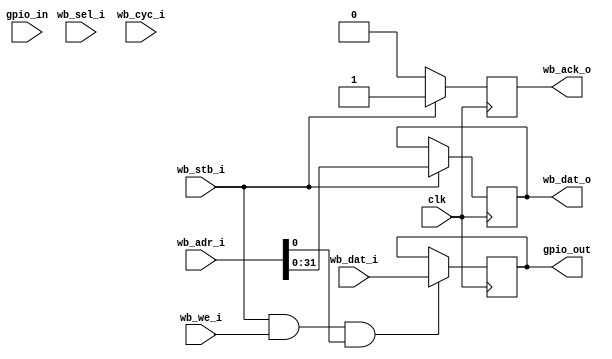
module wb_simple_gpio (
    input       [31:0]  wb_dat_i,
    output reg  [31:0]  wb_dat_o,
    input       [35:0]  wb_adr_i,
    input               wb_we_i,
    input       [3:0]   wb_sel_i,
    input               wb_stb_i,
    input               wb_cyc_i,
    output      reg     wb_ack_o,

    input       [31:0]  gpio_in,
    output      [31:0]  gpio_out,

    input               clk
);

reg     [31:0]  gpio_in_reg = 32'h00000000;
reg     [31:0]  gpio_out_reg = 32'h00000000;
wire            gpio_write;

assign gpio_out = gpio_out_reg;
assign gpio_write = wb_stb_i && wb_we_i && wb_adr_i[0];

always @(posedge clk) begin
    gpio_in_reg <= gpio_in;

    if (gpio_write)
        gpio_out_reg <= wb_dat_i;

    if (wb_stb_i) begin
        //wb_dat_o <= (wb_adr_i[0] == 1'b0 ? gpio_in_reg : gpio_out_reg);
        wb_dat_o <= wb_adr_i[31:0];
        wb_ack_o <= 1'b1;
    end else begin
        wb_ack_o <= 1'b0;
    end
end

endmodule